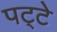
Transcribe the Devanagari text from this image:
पट्‍टे